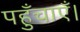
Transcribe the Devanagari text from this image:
पहुँचाएँ।